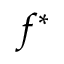
f ^ { \ast }